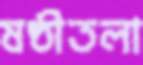
ষষ্ঠীতলা